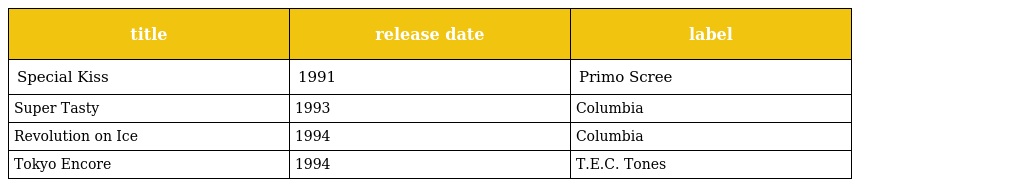
| title | release date | label |
 | --- | --- | --- |
 | Special Kiss | 1991 | Primo Scree |
 | Super Tasty | 1993 | Columbia |
 | Revolution on Ice | 1994 | Columbia |
 | Tokyo Encore | 1994 | T.E.C. Tones |